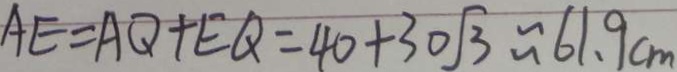
A E = A Q + E Q = 4 0 + 3 0 \sqrt { 3 } \approx 6 1 . 9 c m